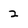
Character: 2